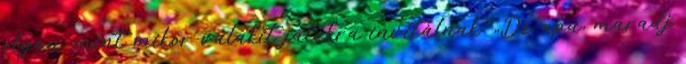
olyan, mint mikor valakit játékra invitálnak. „De apu, maradj